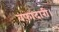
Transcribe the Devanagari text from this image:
वफ़ादारी।